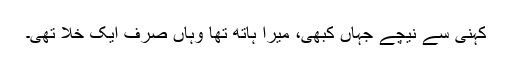
کہنی سے نیچے جہاں کبھی، میرا ہاتھ تھا وہاں صرف ایک خلا تھی۔